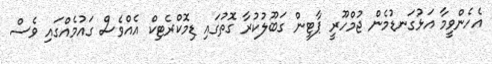
އެހެންވީމާ އަޅުގަނޑުމެން ޖުމްހޫރީ ޕާޓީން ގަބޫލުކުރާ ގޮތުގައި ޑިމޮކްރެޓިކް އެއްވެސް ގައުމެއްގައި ވެސް